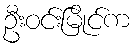
ဦးဝင်းမြိုင်က